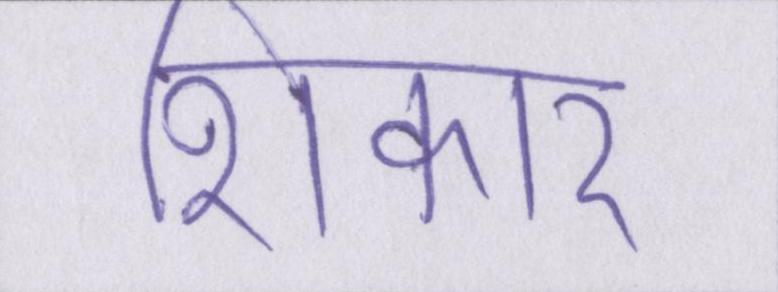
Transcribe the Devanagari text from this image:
शिकार